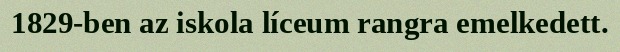
1829-ben az iskola líceum rangra emelkedett.